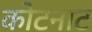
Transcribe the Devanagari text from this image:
कोटनाट